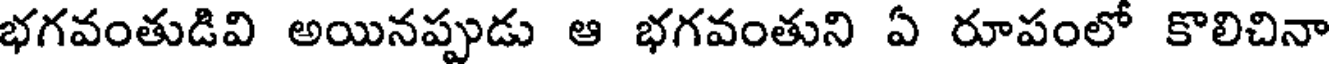
భగవంతుడివి అయినప్పుడు ఆ భగవంతుని ఏ రూపంలో కొలిచినా